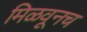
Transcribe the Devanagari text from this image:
मिळवूनच